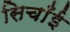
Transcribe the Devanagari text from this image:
सिचाँई